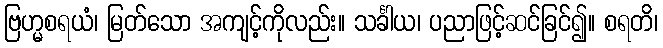
ဗြဟ္မစရယံ၊ မြတ်သော အကျင့်ကိုလည်း။ သင်္ခါယ၊ ပညာဖြင့်ဆင်ခြင်၍။ စရတိ၊